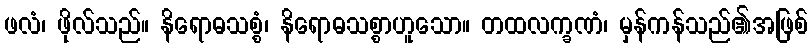
ဖလံ၊ ဖိုလ်သည်။ နိရောဓသစ္စံ၊ နိရောဓသစ္စာဟူသော။ တထလက္ခဏံ၊ မှန်ကန်သည်၏အဖြစ်